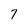
Character: 7